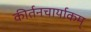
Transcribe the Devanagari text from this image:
कीर्तनचार्याकम्‌